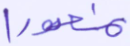
منصورا